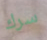
سرك